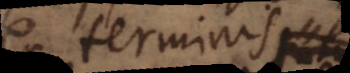
ex terminis